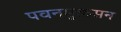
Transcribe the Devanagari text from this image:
पवनमुक्तसन